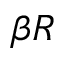
\beta R